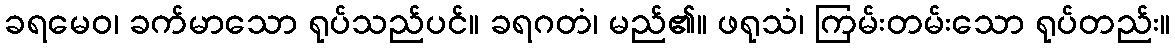
ခရမေဝ၊ ခက်မာသော ရုပ်သည်ပင်။ ခရဂတံ၊ မည်၏။ ဖရုသံ၊ ကြမ်းတမ်းသော ရုပ်တည်း။